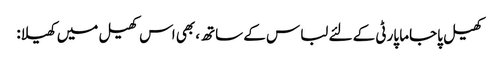
کھیل پاجاما پارٹی کے لئے لباس کے ساتھ، بھی اس کھیل میں کھیلا: